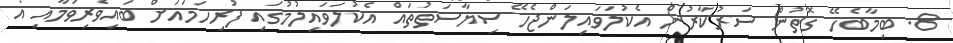
8. ބިމާބެހޭ ގޮތުން ސަރުކާރުން އެކުލަވައިލަންޖެހޭ ސިޔާސަތުތައް އެކުލަވައިލުމުގައި ފުރިހަމައަށް ބައިވެރިވުމާއި އެ